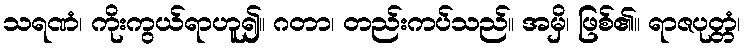
သရဏံ၊ ကိုးကွယ်ရာဟူ၍။ ဂတာ၊ တည်းကပ်သည်။ အမှိ၊ ဖြစ်၏။ ရာဇပုတ္တံ၊